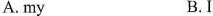
A. my B.I